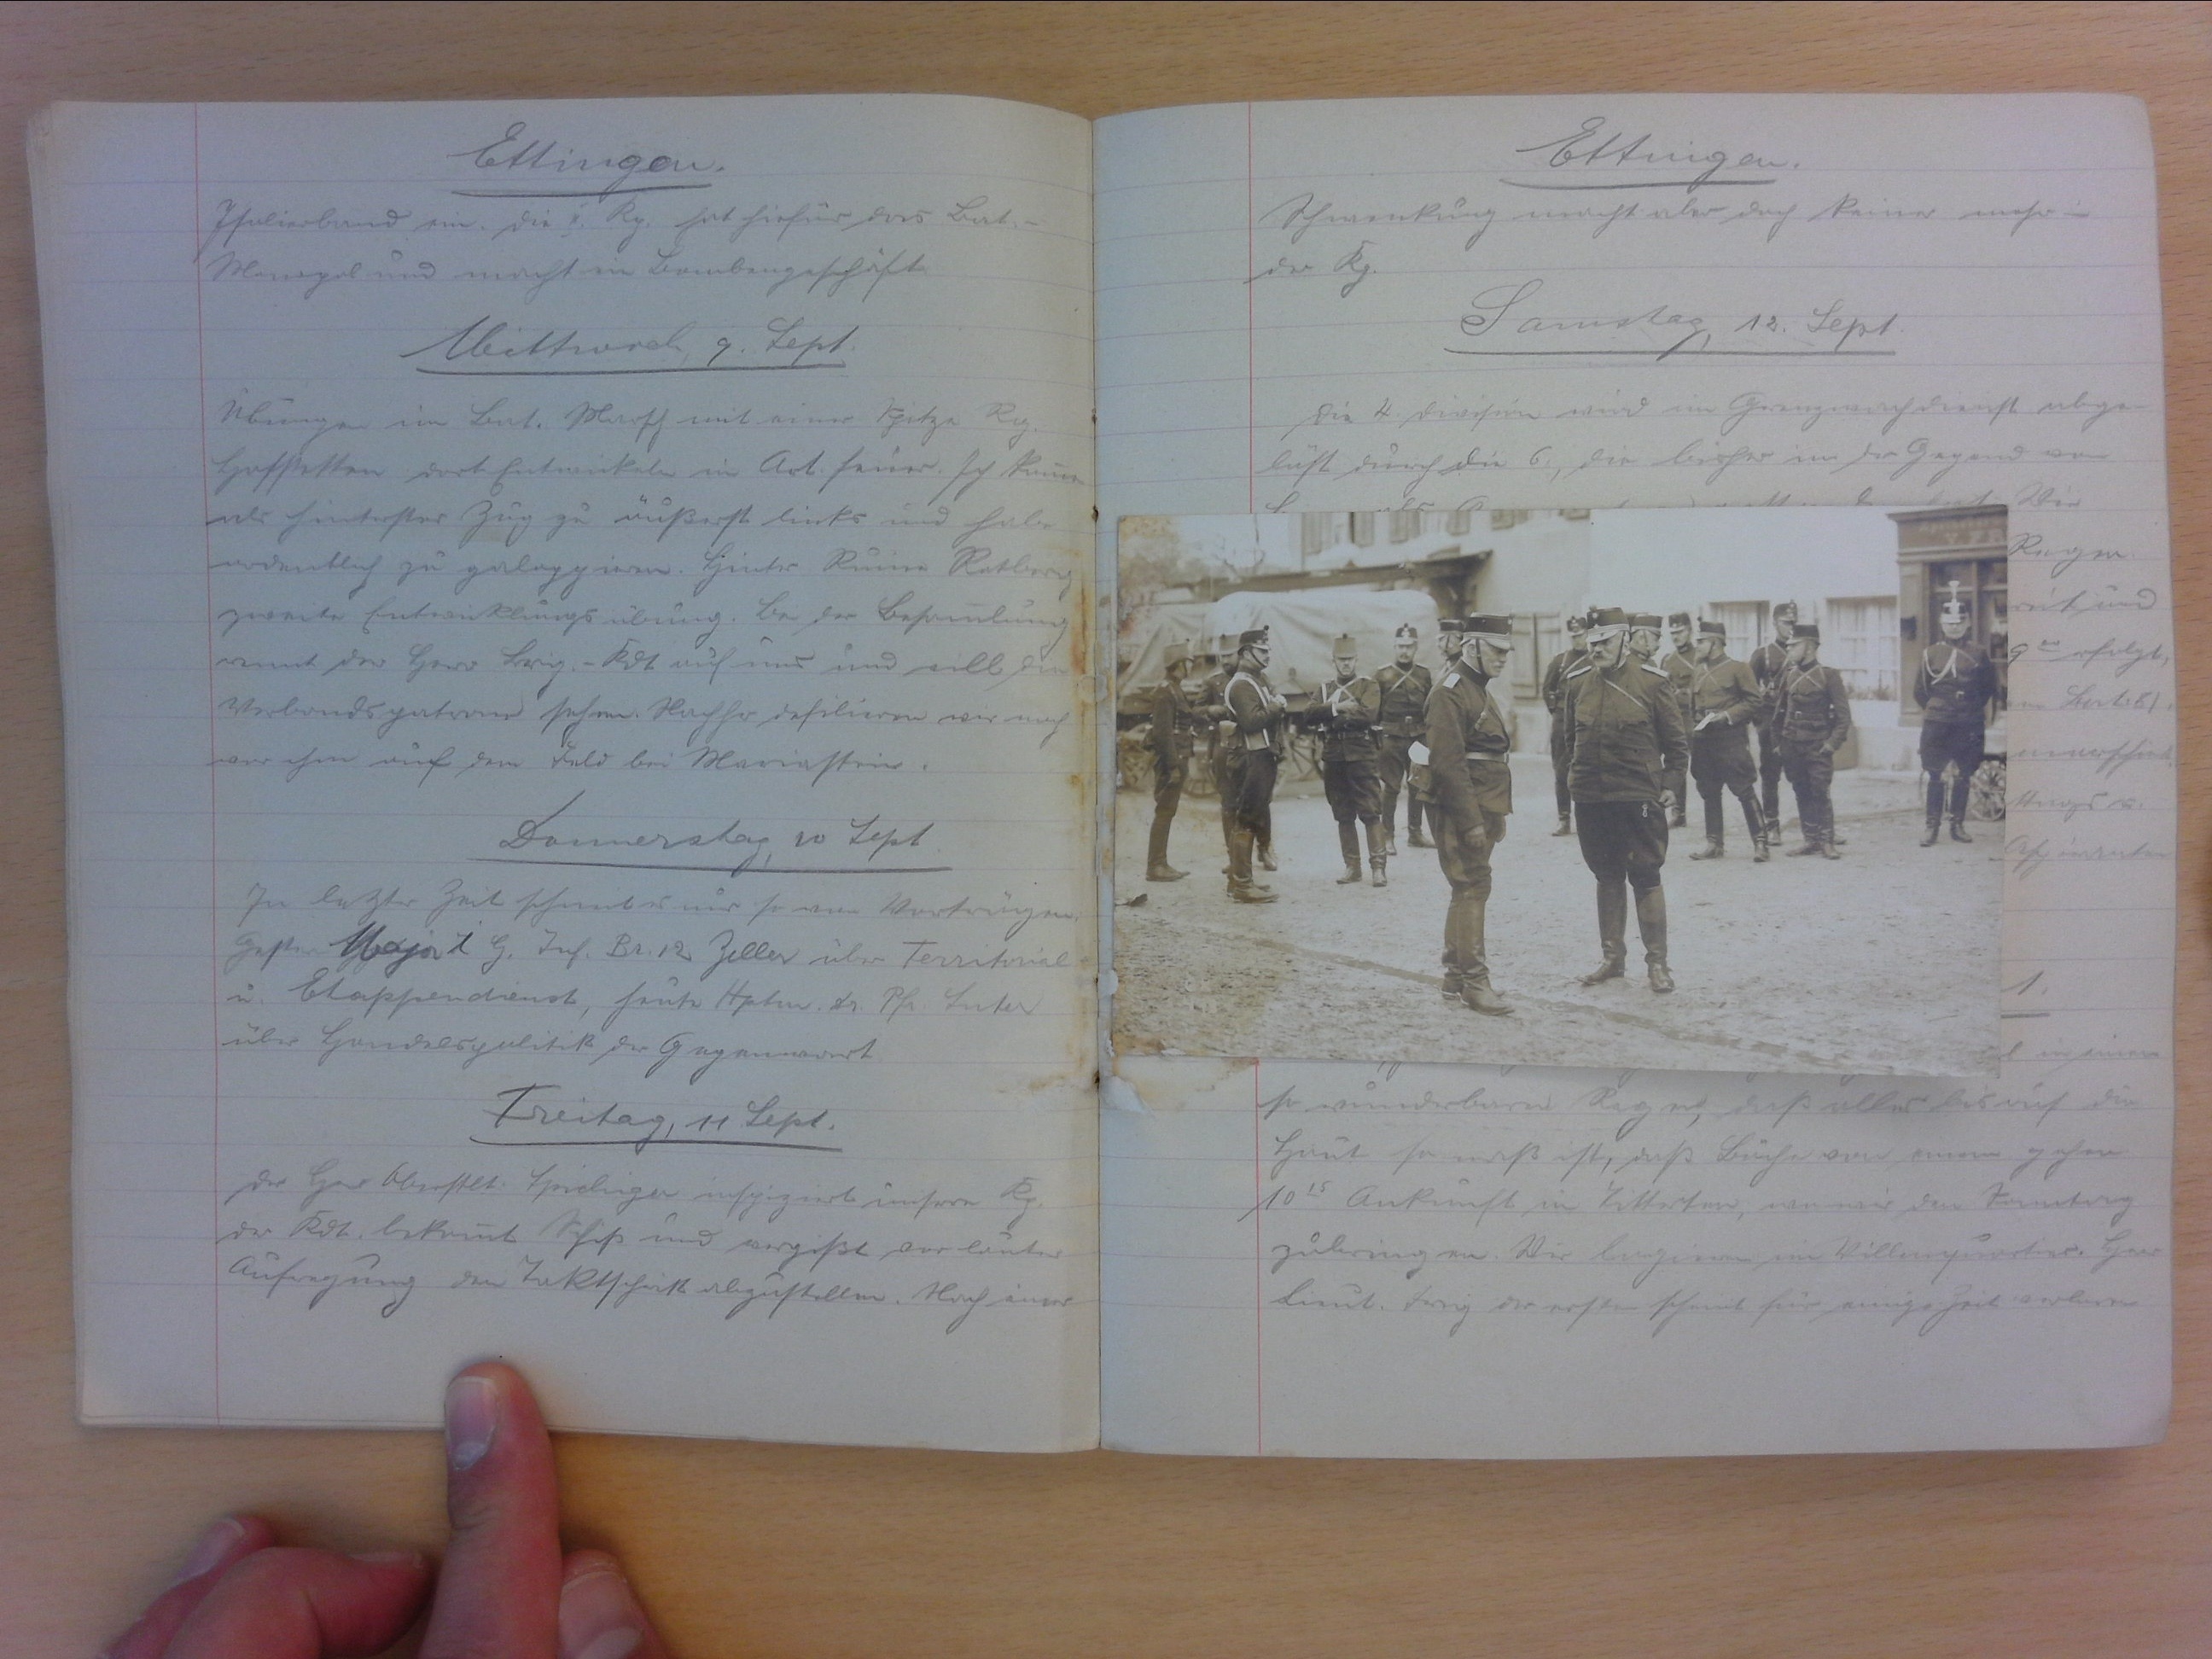
Ettingen.
Phulierband ein. die " Kp. hat hiefür das Bati-
Mnsgol und macht ein Brmbengeschaft
Mittwoch, g. Sept.
Sea am Bat. Marsch mit einer Spitze De
Hofstetten dort batwuckeln im Art feuer. sch Brme
as hierlister Zug zu auserst binks und habe
undentlich zu galopgiren. Hinter. Renne Retbrrch
zeleite Entruklings übung. Bei der Besamlung
wnnt der Herr Bag. Adt auf uns und wills
Verbandspatraud sehen. Nachher defilieren wir nach
war ihme auf dem Feld bei Mariastein.
Donnerstag so Sept
In letzte Zeit schneb es mir so von Vortragen.
geste Sapart G. Iuf. Br. 12 Zeller über Territoiel
u. Stappendienst, heute Apten. Dr. Pfe Suter
über Haudelspolitik der Gegenwart
Freitag, 11 Sept.
der Herr Oberstlt. Sriebiiger inscpiziert unsere Br.
der Kdt bekommt Schiss und vergißt vor lanter
Aufregung den Taktschütt abzustellen. Nach iiner